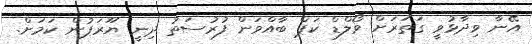
އޭނާ ވިދާޅުވީ ގަތަރަށް ވޯލްޑް ކަޕް ބާއްވަން ފުރުސަތު ދިނީ ޔޫރަޕުން ކަމަށް.